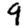
Digit: 9